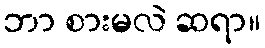
ဘာ စားမလဲ ဆရာ။